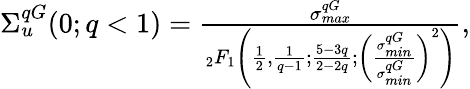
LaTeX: \begin{array}{r}{\Sigma_{u}^{qG}(0;q<1)=\frac{\sigma_{max}^{qG}}{_2F_{1}\left(\frac{1}{2},\frac{1}{q-1};\frac{5-3q}{2-2q};\left(\frac{\sigma_{min}^{qG}}{\sigma_{min}^{qG}}\right)^{2}\right)},}\end{array}